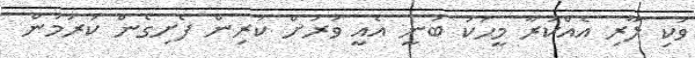
ވަކި ލާރި އެއްކުރާ މީހަކު ބުނީ އެއީ ވަރަށް ކުރިން ފެށިގެން ކުރަމުން